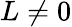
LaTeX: L\neq 0